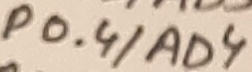
Text: P0.4/AD4